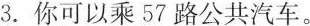
3.你可以乘57路公共汽车。